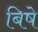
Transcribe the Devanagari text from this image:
बिषे